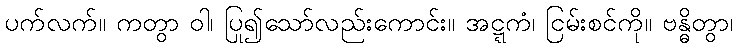
ပက်လက်။ ကတွာ ဝါ၊ ပြု၍သော်လည်းကောင်း။ အဋ္ဋကံ၊ ငြမ်းစင်ကို။ ဗန္ဓိတွာ၊